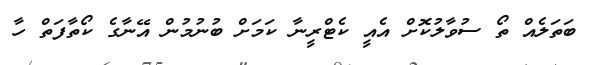
ބަތަލެއް ތޯ ސުވާލުކޮށް އެއީ ކެޓްރީނާ ކަމަށް ބުނުމުން އޭނާގެ ކޯތާފަތް ހާ